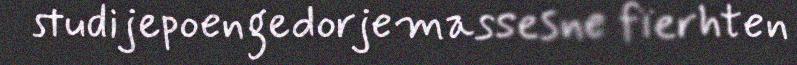
studijepoengedorjemassesne fïerhten